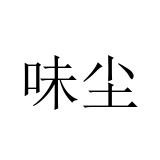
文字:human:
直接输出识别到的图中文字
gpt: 味尘